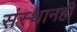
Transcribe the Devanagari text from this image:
संस्थानही